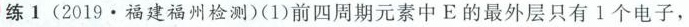
练1(2019·福建福州检测)(1)前四周期元素中E的最外层只有1个电子，